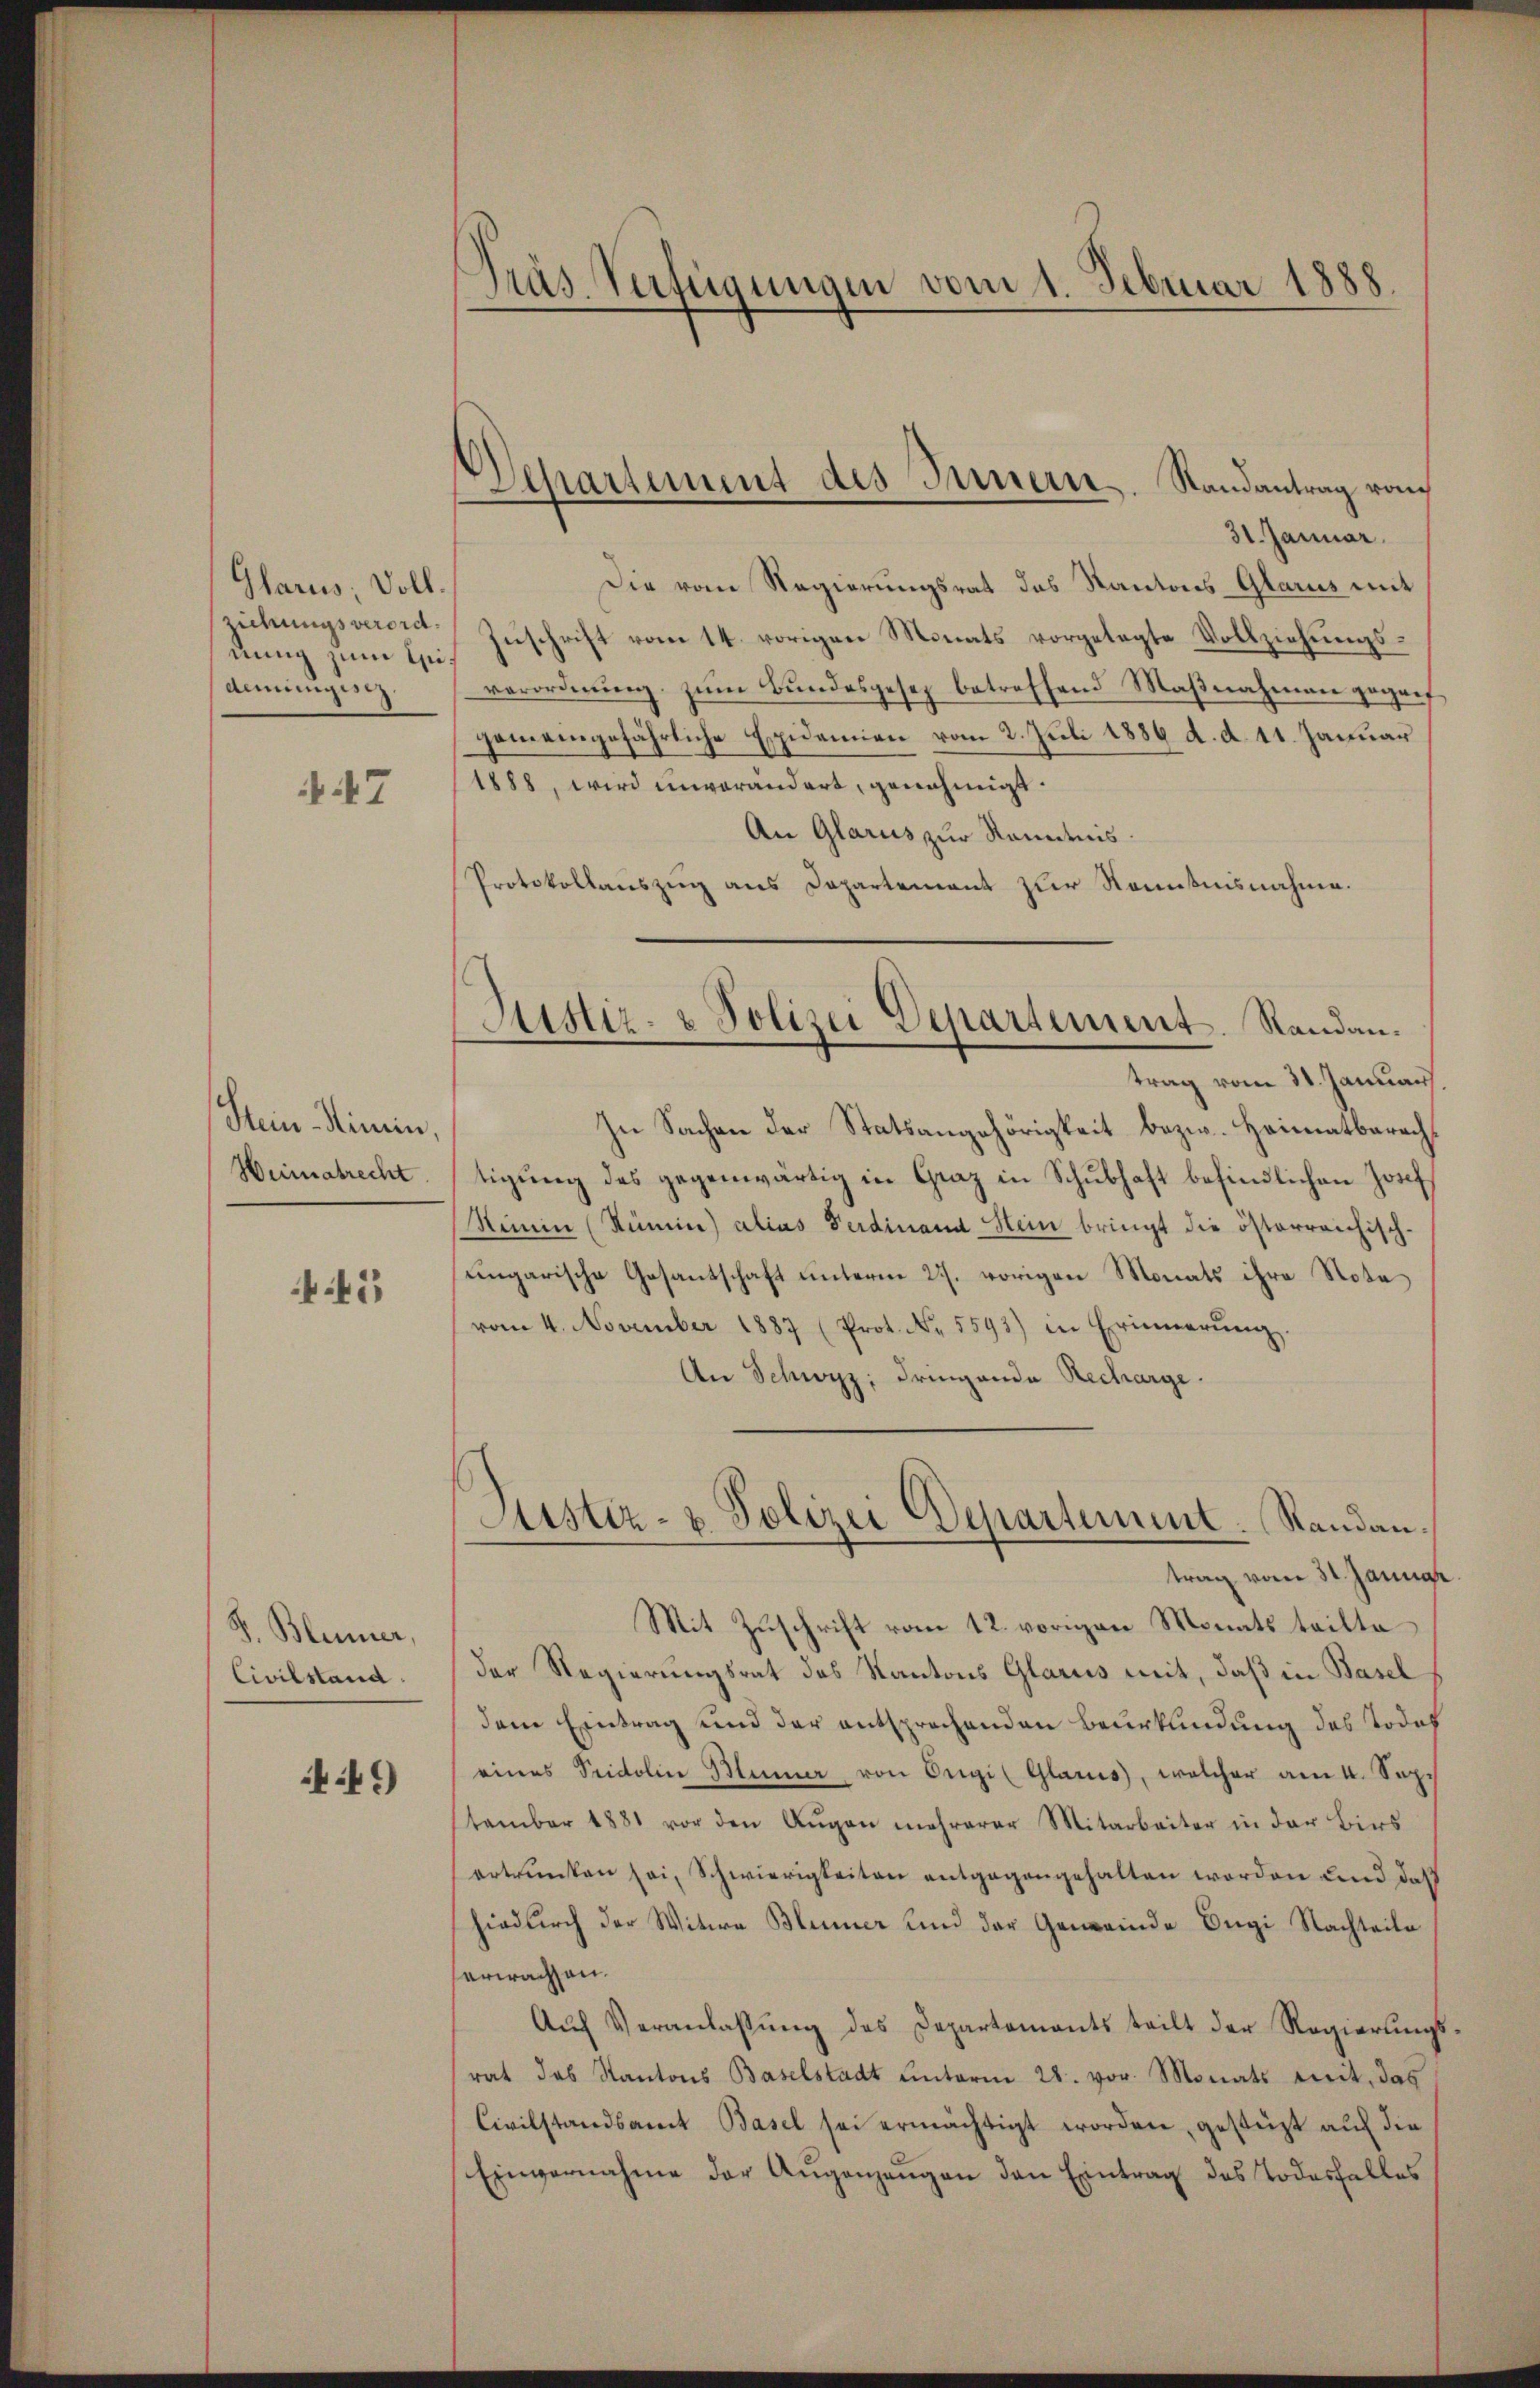
Glarus, Vollziehungsverordnung zum Eidemungese

47

Hein-Minin,
Heimatrecht

45

S. Blenner,
Civilstand.

:49

Träs Verfügungen vom 1. Februar 1888

Departement des Innern. Randantrag von
31. Januar.

Die vom Regierungsrat des Kantons Glarus mit
Zuschrift vom 14. vorigen Monats vorgelegte Vollziehungsverordnŭng zŭm Bŭndesgesez betreffend Maβnahmann geganf
gemeingefährliche Expidemien vom 2. Juli 1886 d. d. 11. Januar
1888, wird unverändert, genehmigt.
An Glarus zur Kenntnis.
Protokollauszug aus Departement zur Kenntnisnahme.
trag vom 31. Januar
In Sachen der Statsangehörigkeit bezw. Heimatbarachtigŭng des gegenwärtig in Graz in Schŭlhaft befindlichen Josef
Rimi (Rümin) alias Ferdinand Stein bringt die österreichischungarische Gesantschaft unterm 27. vorigen Monats ihre Nota
vom 4. November 1887 (Prot. N. 5593) in Erinnerŭng.
An Schwyz; dringende Recharge
Justiz- & Polizei Departement. Randantrag vom 31. Januar
Mit Zuschrift vom 12. vorigen Monats teilte
der Regierungsrat des Kantons Glarus mit, daß in Basel
dem Eintrag und der entsprochenden Beurkundung des Jodof
eines Seidolin Blümer von Origi (Glarus, welcher am 4. Sep.
stember 1881 vor den Augen mehrerer Mitarbeiter in der Birs
ertrunken sei, Schwierigkeiten entgegengehalten worden und daß
hiedurch der Witwe Blümer und der Gemeinde Bugi Nachteile
erwachsen.
Auf Veranlassung des Departements teilt der Regierungs
rat das Kantons Baselstadt unterm 28. vor. Monats mit, das
Civilstandsamt Basel sei ermächtigt worden, gestüzt auf die
Einvernahme der Augenzangen den Eintrag des Todesfalles

Justiz- & Polizei Departement. Randan¬